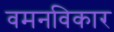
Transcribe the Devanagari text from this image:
वमनविकार